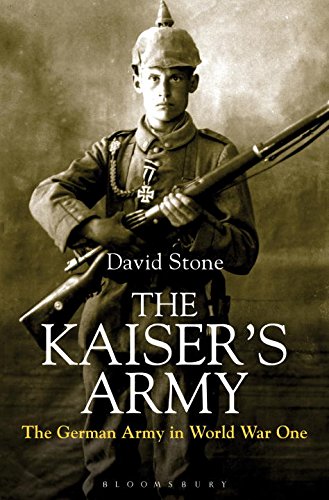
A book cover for The Kaiser's Army: The German Army in World War One; David Stone; History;